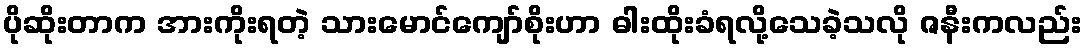
ပိုဆိုးတာက အားကိုးရတဲ့ သားမောင်ကျော်စိုးဟာ ဓါးထိုးခံရလို့သေခဲ့သလို ဇနီးကလည်း